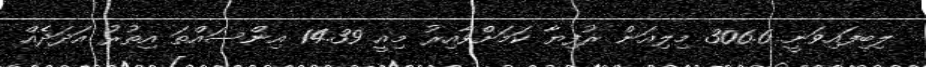
ލިބިފައިވަނީ 306.6 މިލިއަން ރުފިޔާ ކަމަށްވާއިރު މިއީ 14.39 އިންސައްތަ އިތުރު އަދަދެއް